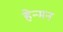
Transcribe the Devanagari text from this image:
हेन्मन